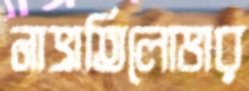
নাভ্রাতিলোভার